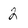
Character: 2